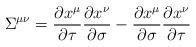
LaTeX: \begin{align*}{\Sigma}^{\mu\nu} = \frac{\partial x^{\mu}}{\partial \tau}\frac{\partial x^{\nu}}{\partial \sigma} - \frac{\partial x^{\mu}}{\partial\sigma}\frac{\partial x^{\nu}}{\partial \tau}\end{align*}